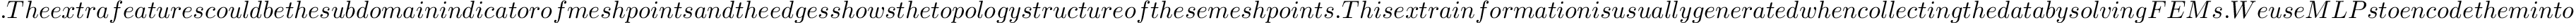
. T h e e x t r a f e a t u r e s c o u l d b e t h e s u b d o m a i n i n d i c a t o r o f m e s h p o i n t s a n d t h e e d g e s s h o w s t h e t o p o l o g y s t r u c t u r e o f t h e s e m e s h p o i n t s . T h i s e x t r a i n f o r m a t i o n i s u s u a l l y g e n e r a t e d w h e n c o l l e c t i n g t h e d a t a b y s o l v i n g F E M s . W e u s e M L P s t o e n c o d e t h e m i n t o